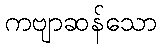
ကဗျာဆန်သော